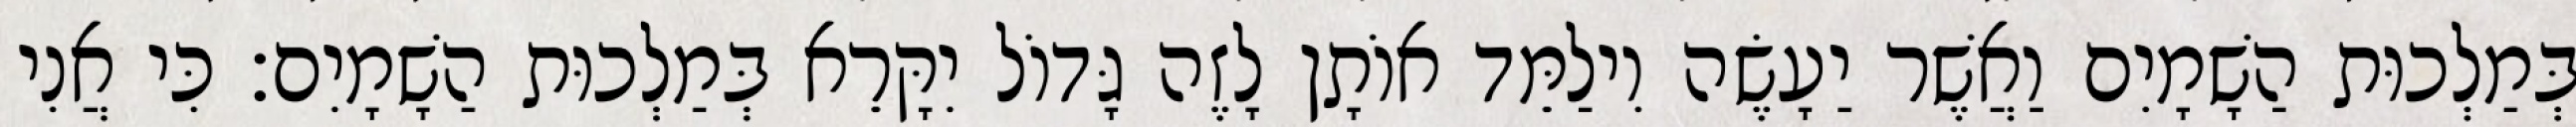
בְּמַלְכוּת הַשָׁמָיִם וַאֲשֶׁר יַעָשֶׂה וִילַמֵּד אוֹתָן לָזֶה גָּדוֹל יִקָּרֵא בְּמַלְכוּת הַשָׁמָיִם׃ כִּי אֲנִי